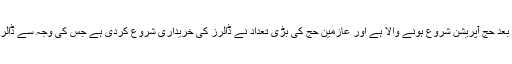
تاہم ان کا کہنا تھا کہ تین ماہ بعد حج آپریشن شروع ہونے والا ہے اور عازمین حج کی بڑی تعداد نے ڈالرز کی خریداری شروع کردی ہے جس کی وجہ سے ڈالر کی طلب میں اضافہ ہوا ہے۔